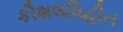
કૌશલવિહીન